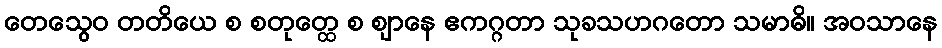
တေသွေဝ တတိယေ စ စတုတ္ထေ စ ဈာနေ ဧကဂ္ဂတာ သုခသဟဂတော သမာဓိ။ အဝသာနေ